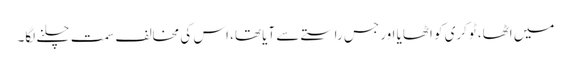
میں اٹھا، ٹوکری کو اٹھایا اور جس راستے سے آیا تھا، اس کی مخالف سمت چلنے لگا۔